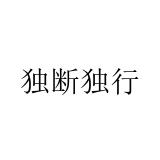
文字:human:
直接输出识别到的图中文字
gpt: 独断独行